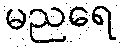
မညရေ